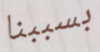
بسببنا